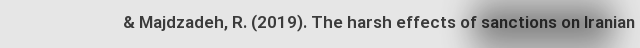
& Majdzadeh, R. (2019). The harsh effects of sanctions on Iranian